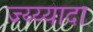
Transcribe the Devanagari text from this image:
ज्य्य्यादा